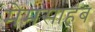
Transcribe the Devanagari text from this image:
मेमसाहब